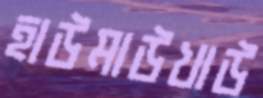
হাউমাউখাউ